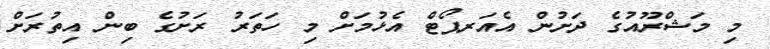
މި މަޝްރޫއުގެ ދަށުން އެއަރޕޯޓް އެޅުމަށް މި ހަތަރު ރަށުގެ ބިން އިތުރަށް